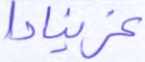
غرينادا